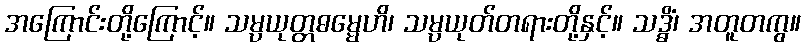
အကြောင်းတို့ကြောင့်။ သမ္ပယုတ္တဓမ္မေဟိ၊ သမ္ပယုတ်တရားတို့နှင့်။ သဒ္ဓိံ၊ အတူတကွ။